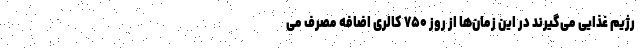
رژیم غذایی می‌گیرند در این زمان‌ها از روز ۷۵۰ کالری اضافه مصرف می